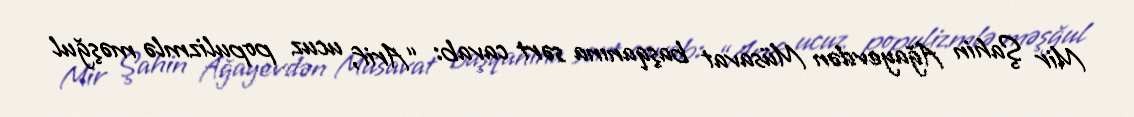
Mir Şahin Ağayevdən Müsavat başqanına sərt cavab: “Arif, ucuz populizmlə məşğul